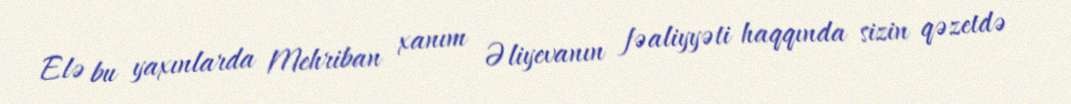
Elə bu yaxınlarda Mehriban xanım Əliyevanın fəaliyyəti haqqında sizin qəzetdə